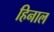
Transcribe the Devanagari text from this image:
हिनाल